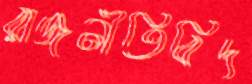
রাজনীতিবিদ